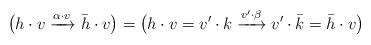
LaTeX: \begin{align*} \big(h\cdot{}v\xrightarrow{\alpha\cdot{}v}\bar h\cdot{}v\big) = \big(h\cdot{}v=v'\cdot{}k\xrightarrow{v'\cdot{}\beta}v'\cdot{}\bar k=\bar h\cdot{}v \big)\end{align*}